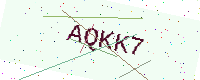
Text: AQKK7